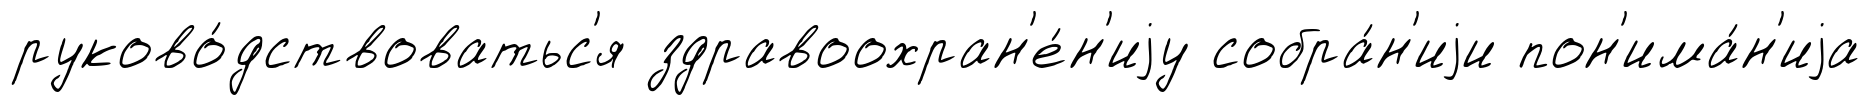
руково́дствоватьс'я здравоохран'е́н'иjу собра́н'иjи пон'има́н'иjа